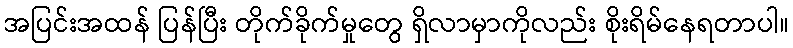
အပြင်းအထန် ပြန်ပြီး တိုက်ခိုက်မှုတွေ ရှိလာမှာကိုလည်း စိုးရိမ်နေရတာပါ။